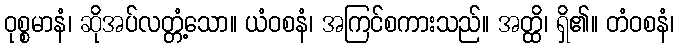
ဝုစ္စမာနံ၊ ဆိုအပ်လတ္တံ့သော။ ယံဝစနံ၊ အကြင်စကားသည်။ အတ္ထိ၊ ရှိ၏။ တံဝစနံ၊